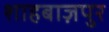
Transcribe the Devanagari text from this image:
शाहबाज़पुर